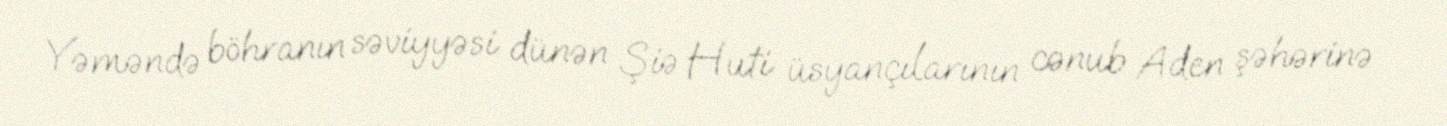
Yəməndə böhranın səviyyəsi dünən Şiə Huti üsyançılarının cənub Aden şəhərinə